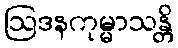
ဩဒနကုမ္မာသန္တိ